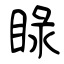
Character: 睩